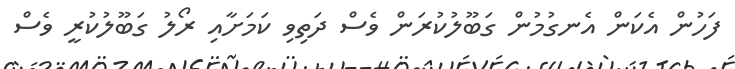
ފަހުން އެކަން އެނގުމުން ގަބޫލުކުރަން ވެސް ދަތިވި ކަމަށާއި ރޯލު ގަބޫލުކުރީ ވެސް